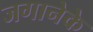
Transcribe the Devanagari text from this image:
जगानेके